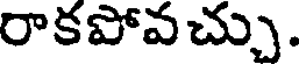
రాకపోవచ్చు.